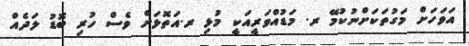
އަވަހަށް މަގުތަކަށްނުކުމޭ ރ. މަޑުއްވަރީއަކީ މުޅި ރ.އަތޮޅަށް ވެސް ހުރި ބޮޑު ލަދެއް